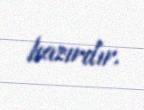
hazırdır.